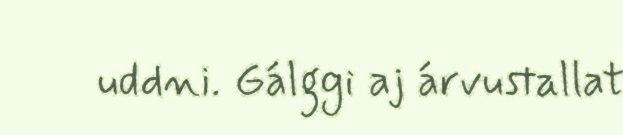
uddni. Gálggi aj árvustallat